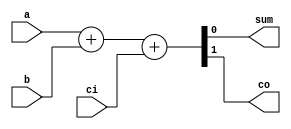
module addbit (
  a,
  b,
  ci,
  sum,
  co
);

input a; // Bit 1
input b; // Bit 2
input ci; // Carry

output sum; // Sum
output co; // Carry out

wire a;
wire b;
wire ci;
wire sum;
wire co;

assign {co, sum} = a + b + ci;

endmodule